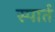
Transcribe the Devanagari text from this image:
स्पार्त